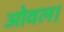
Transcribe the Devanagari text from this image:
ओवल।